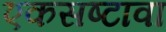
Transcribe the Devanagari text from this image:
एकसष्टावा